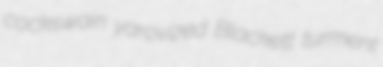
cockswain yarovized Blackett turment